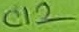
Text: C12